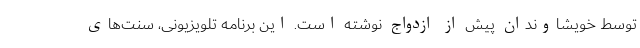
توسط خویشاوندان پیش از ازدواج نوشته است. این برنامه تلویزیونی، سنت‌های